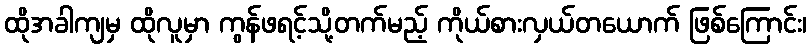
ထိုအခါကျမှ ထိုလူမှာ ကွန်ဖရင့်သို့တက်မည့် ကိုယ်စားလှယ်တယောက် ဖြစ်ကြောင်း၊